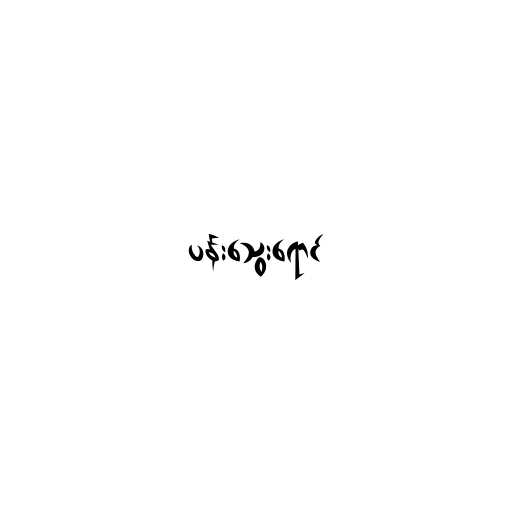
ပန်းသွေးရောင်